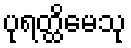
ပုရတ္ထိမေသု